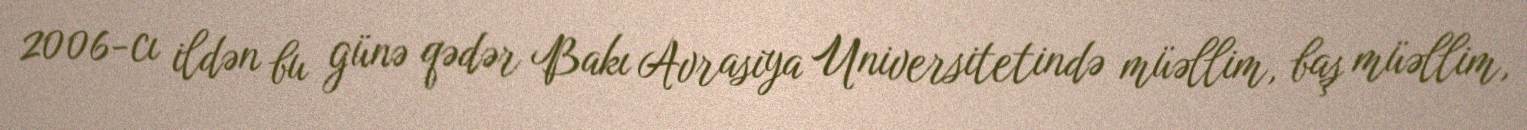
2006-cı ildən bu günə qədər Bakı Avrasiya Universitetində müəllim, baş müəllim,